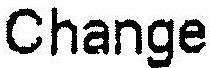
CHANGE